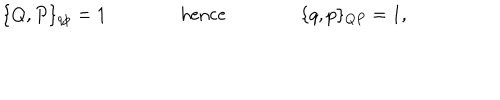
LaTeX: \{ Q , P \} _ { q p } = 1 \qquad \qquad \mathrm { h e n c e } \qquad \qquad \{ q , p \} _ { Q P } = 1 ,